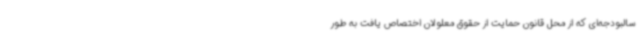
سالبودجه‌ای که از محل قانون حمایت از حقوق معلولان اختصاص یافت به طور